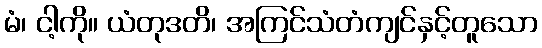
မံ၊ ငါ့ကို။ ယံတုဒတိ၊ အကြင်သံတံကျင်နှင့်တူသော